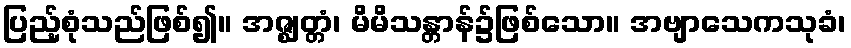
ပြည့်စုံသည်ဖြစ်၍။ အဇ္ဈတ္တံ၊ မိမိသန္တာန်၌ဖြစ်သော။ အဗျာသေကသုခံ၊